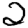
Digit: 2